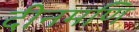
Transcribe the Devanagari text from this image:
दीनमणि